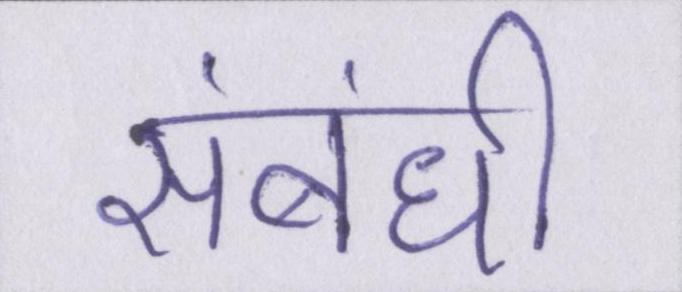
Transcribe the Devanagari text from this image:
संबंधी